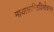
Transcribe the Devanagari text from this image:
मायाभ्रान्तिविमोचनम्